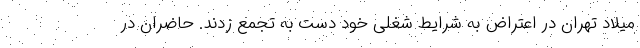
میلاد تهران در اعتراض به شرایط شغلی خود دست به تجمع زدند. حاضران در